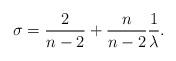
LaTeX: \begin{align*}\sigma=\frac{2}{n-2}+\frac{n}{n-2}\frac{1}{\lambda}.\end{align*}